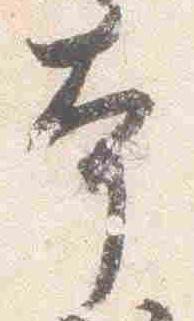
本